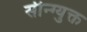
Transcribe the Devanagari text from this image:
सीन्ग्युक्त